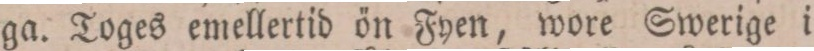
ga. Toges emellertid ön Fyen, wore Swerige i